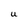
Character: U